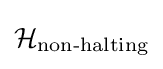
{\mathcal {H}}_{\text{non-halting}}